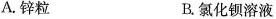
A.锌粒 B.氯化钡溶液